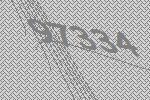
97334